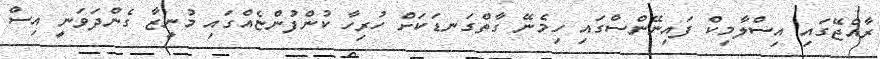
ރާއްޖޭގައި އިސްލާމިކް ފައިނޭންސްގައި ހިމެނޭ ގާތްގަނޑަކަށް ހުރިހާ ކުންފުންޏެއްގައި މުނީޒާ ގެންދަވަނީ އިސް